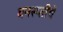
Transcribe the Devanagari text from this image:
वनस्प्तींचे